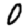
Digit: 0